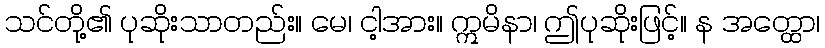
သင်တို့၏ ပုဆိုးသာတည်း။ မေ၊ ငါ့အား။ ဣမိနာ၊ ဤပုဆိုးဖြင့်။ န အတ္ထော၊